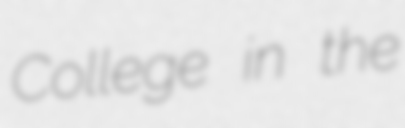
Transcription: College in the